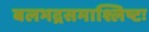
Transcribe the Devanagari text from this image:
बलभद्रसमाश्लिष्टः